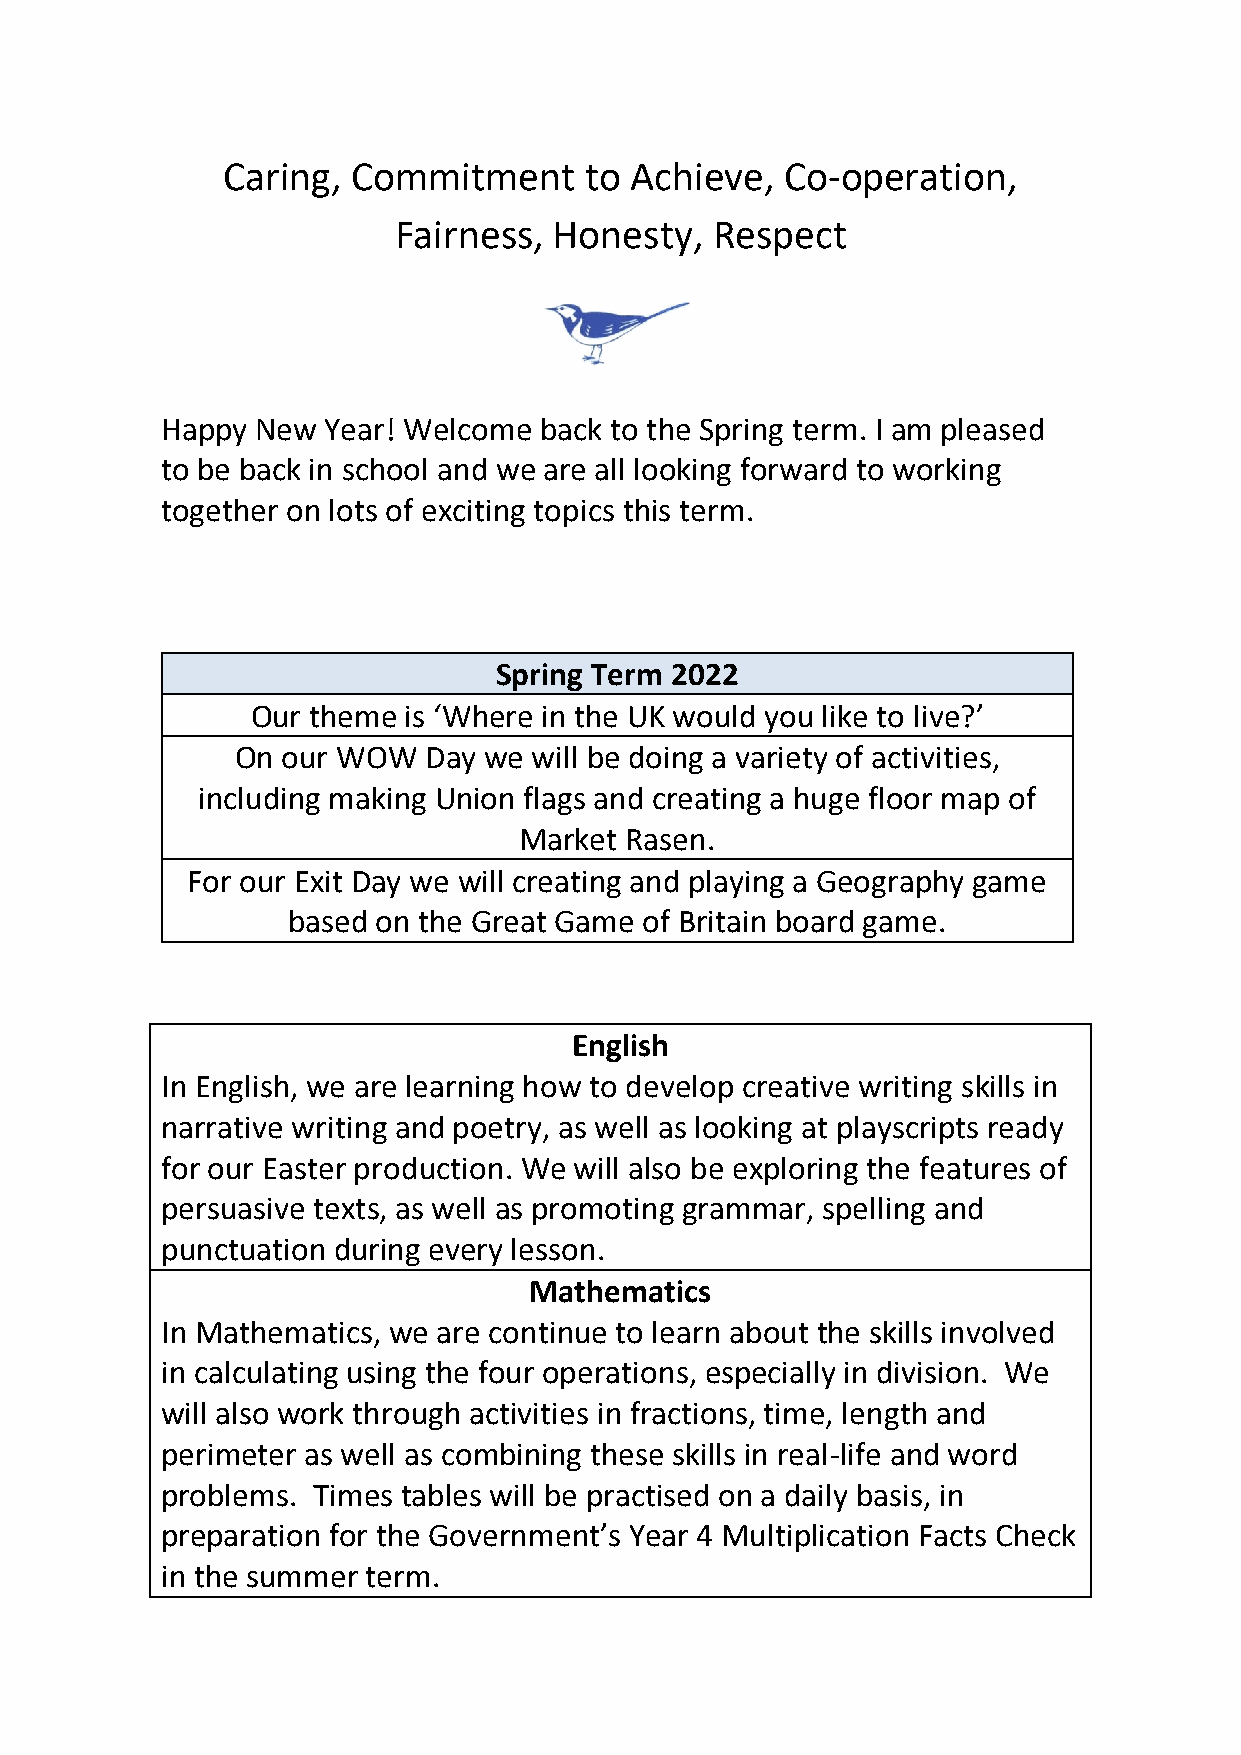
Caring, Commitment      to Achieve,  Co-operation,
 Fairness,  Honesty,  Respect
 Happy New  Year! Welcome back to the Spring term. I am pleased
 to be back in school and we are all looking forward to working
 together on lots of exciting topics this term.
 Spring Term 2022
 Our theme is ‘Where in the UK would you like to live?’
 On our WOW  Day we will be doing a variety of activities,
 including making Union flags and creating a huge floor map of
 Market Rasen.
 For our Exit Day we will creating and playing a Geography game
 based on the Great Game of Britain board game.
 English
 In English, we are learning how to develop creative writing skills in
 narrative writing and poetry, as well as looking at playscripts ready
 for our Easter production. We will also be exploring the features of
 persuasive texts, as well as promoting grammar, spelling and
 punctuation during every lesson.
 Mathematics
 In Mathematics, we are continue to learn about the skills involved
 in calculating using the four operations, especially in division. We
 will also work through activities in fractions, time, length and
 perimeter as well as combining these skills in real-life and word
 problems. Times tables will be practised on a daily basis, in
 preparation for the Government’s Year 4 Multiplication Facts Check
 in the summer term.